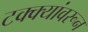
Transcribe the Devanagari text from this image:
टक्‍क्‍यांवरून